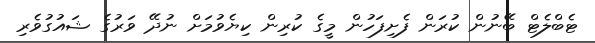
ޓެބްލެޓް ބޭނުން ކުރަން ފެށިފަހުން މީގެ ކުރިން ކިޔެވުމަށް ނުދޭ ވަރުގެ ޝައުގުވެރި